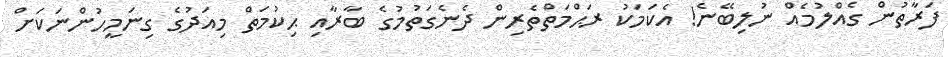
ފަރާތުން ގެއްލުމެއް ނުލިބޭނެ! އެކަމަކު ރަޙްމަތްތެރިން ދެނެގަތުމުގެ ބާރާއި ޙިކުމަތް މިއަދުގެ ގިނަމީހުންނަކަށް